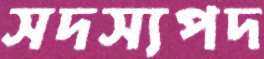
সদস্যপদ